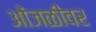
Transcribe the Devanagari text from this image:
ओंजळीवर